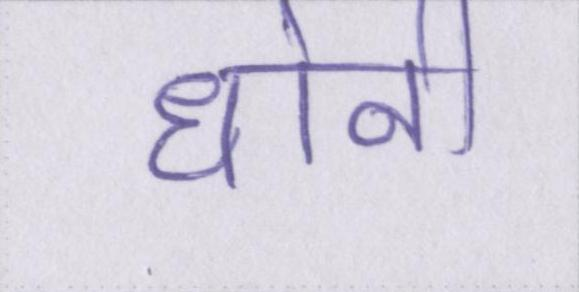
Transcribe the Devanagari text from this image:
धोनी